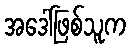
အဒေါ်ဖြစ်သူက